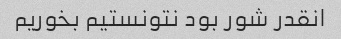
انقدر شور بود نتونستیم بخوریم